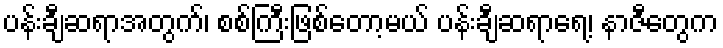
ပန်းချီဆရာအတွက်၊ စစ်ကြီးဖြစ်တော့မယ် ပန်းချီဆရာရေ့၊ နာဇီတွေက